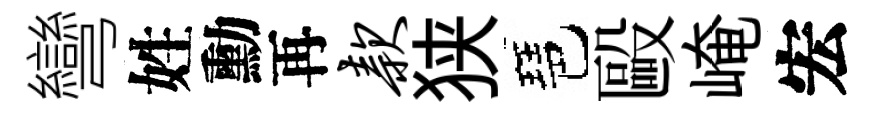
彎姓勳再款狭琶毆崦宏